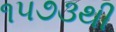
૧૫૭૩થી